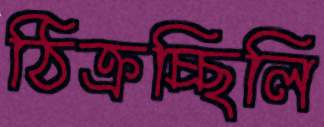
ঠিক্‌রচ্ছিলি